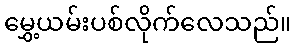
မွှေ့ယမ်းပစ်လိုက်လေသည်။